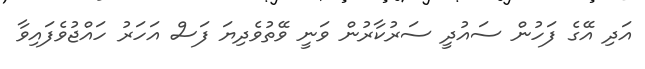
އަދި އޭގެ ފަހުން ސައުދީ ސަރުކާރުން ވަނީ ވޭތުވެދިޔަ ފަސް އަހަރު ހައްޖުވެފައިވާ